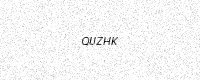
Text: QUZHK